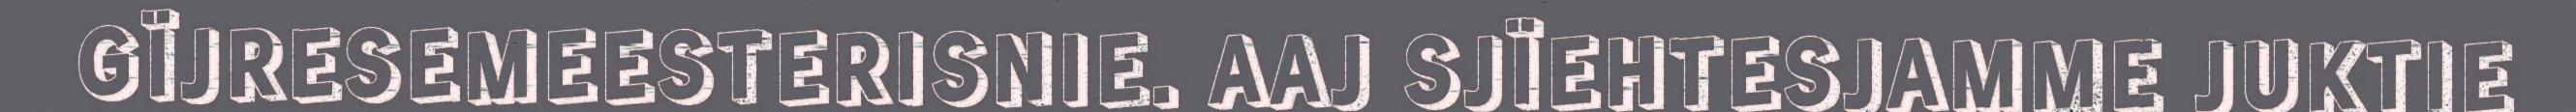
GÏJRESEMEESTERISNIE. AAJ SJÏEHTESJAMME JUKTIE